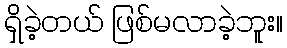
ရှိခဲ့တယ် ဖြစ်မလာခဲ့ဘူး။